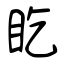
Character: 盵